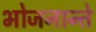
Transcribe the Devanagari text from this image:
भोजनान्ते